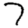
Digit: 7